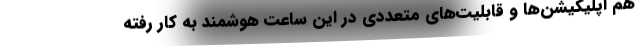
هم اپلیکیشن‌ها و قابلیت‌های متعددی در این ساعت هوشمند به کار رفته